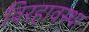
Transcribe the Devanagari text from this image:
विरहावस्था